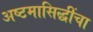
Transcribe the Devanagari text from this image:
अष्टमासिद्धींचा